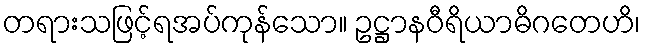
တရားသဖြင့်ရအပ်ကုန်သော။ ဥဋ္ဌာနဝီရိယာဓိဂတေဟိ၊